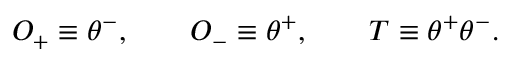
O _ { + } \equiv \theta ^ { - } , \qquad O _ { - } \equiv \theta ^ { + } , \qquad T \equiv \theta ^ { + } \theta ^ { - } .